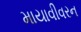
માયાવીવરન